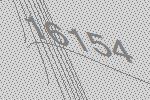
16154